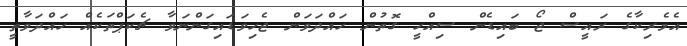
އެމެރިކާގެ ރައީސް ޖޯ ބަައިޑެން ސިއްހީ ގޮތުން ހައްދަވަން ޖެހިވަޑައިގަންނަވާ ޗެކަޕްތަކެއް ހައްދަވާތީ